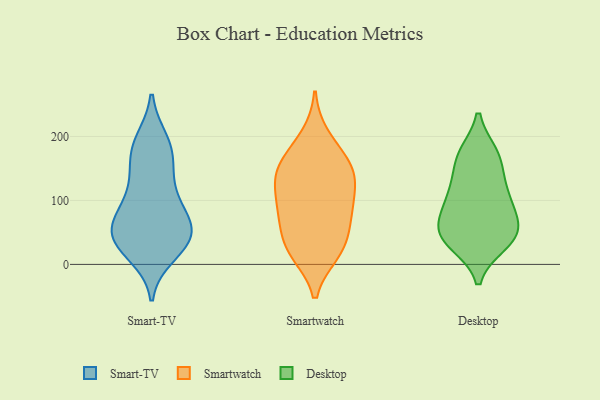
{"axis": {"x": "Active Users", "y": "Value"}, "legend": ["Desktop", "Smart-TV", "Smartwatch"], "data": [{"x": "", "y": 52, "type": "Smart-TV"}, {"x": "", "y": 110, "type": "Smart-TV"}, {"x": "", "y": 38, "type": "Smart-TV"}, {"x": "", "y": 31, "type": "Smart-TV"}, {"x": "", "y": 157, "type": "Smart-TV"}, {"x": "", "y": 193, "type": "Smart-TV"}, {"x": "", "y": 30, "type": "Smart-TV"}, {"x": "", "y": 186, "type": "Smart-TV"}, {"x": "", "y": 51, "type": "Smart-TV"}, {"x": "", "y": 182, "type": "Smart-TV"}, {"x": "", "y": 71, "type": "Smart-TV"}, {"x": "", "y": 103, "type": "Smart-TV"}, {"x": "", "y": 16, "type": "Smart-TV"}, {"x": "", "y": 145, "type": "Smart-TV"}, {"x": "", "y": 86, "type": "Smart-TV"}, {"x": "", "y": 57, "type": "Smart-TV"}, {"x": "", "y": 47, "type": "Smart-TV"}, {"x": "", "y": 132, "type": "Smartwatch"}, {"x": "", "y": 199, "type": "Smartwatch"}, {"x": "", "y": 78, "type": "Smartwatch"}, {"x": "", "y": 28, "type": "Smartwatch"}, {"x": "", "y": 87, "type": "Smartwatch"}, {"x": "", "y": 138, "type": "Smartwatch"}, {"x": "", "y": 132, "type": "Smartwatch"}, {"x": "", "y": 22, "type": "Smartwatch"}, {"x": "", "y": 82, "type": "Smartwatch"}, {"x": "", "y": 141, "type": "Smartwatch"}, {"x": "", "y": 169, "type": "Smartwatch"}, {"x": "", "y": 19, "type": "Smartwatch"}, {"x": "", "y": 161, "type": "Smartwatch"}, {"x": "", "y": 35, "type": "Smartwatch"}, {"x": "", "y": 86, "type": "Smartwatch"}, {"x": "", "y": 78, "type": "Desktop"}, {"x": "", "y": 106, "type": "Desktop"}, {"x": "", "y": 33, "type": "Desktop"}, {"x": "", "y": 45, "type": "Desktop"}, {"x": "", "y": 60, "type": "Desktop"}, {"x": "", "y": 111, "type": "Desktop"}, {"x": "", "y": 165, "type": "Desktop"}, {"x": "", "y": 50, "type": "Desktop"}, {"x": "", "y": 172, "type": "Desktop"}, {"x": "", "y": 50, "type": "Desktop"}, {"x": "", "y": 34, "type": "Desktop"}, {"x": "", "y": 172, "type": "Desktop"}, {"x": "", "y": 94, "type": "Desktop"}, {"x": "", "y": 131, "type": "Desktop"}]}